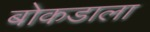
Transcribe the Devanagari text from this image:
बोकडाला